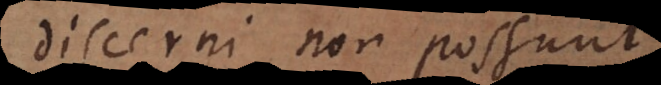
discerni non possunt,